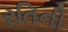
રતિની